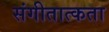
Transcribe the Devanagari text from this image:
संगीतात्कता